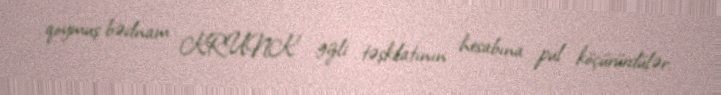
qoymuş bədnam KRUNK gizli təşkilatının hesabına pul köçürürdülər.